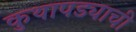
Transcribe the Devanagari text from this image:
कुथापड्याची